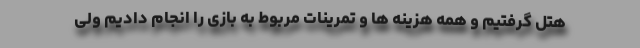
هتل گرفتیم و همه هزینه ها و تمرینات مربوط به بازی را انجام دادیم ولی